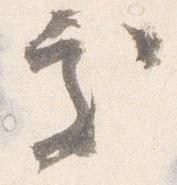
処